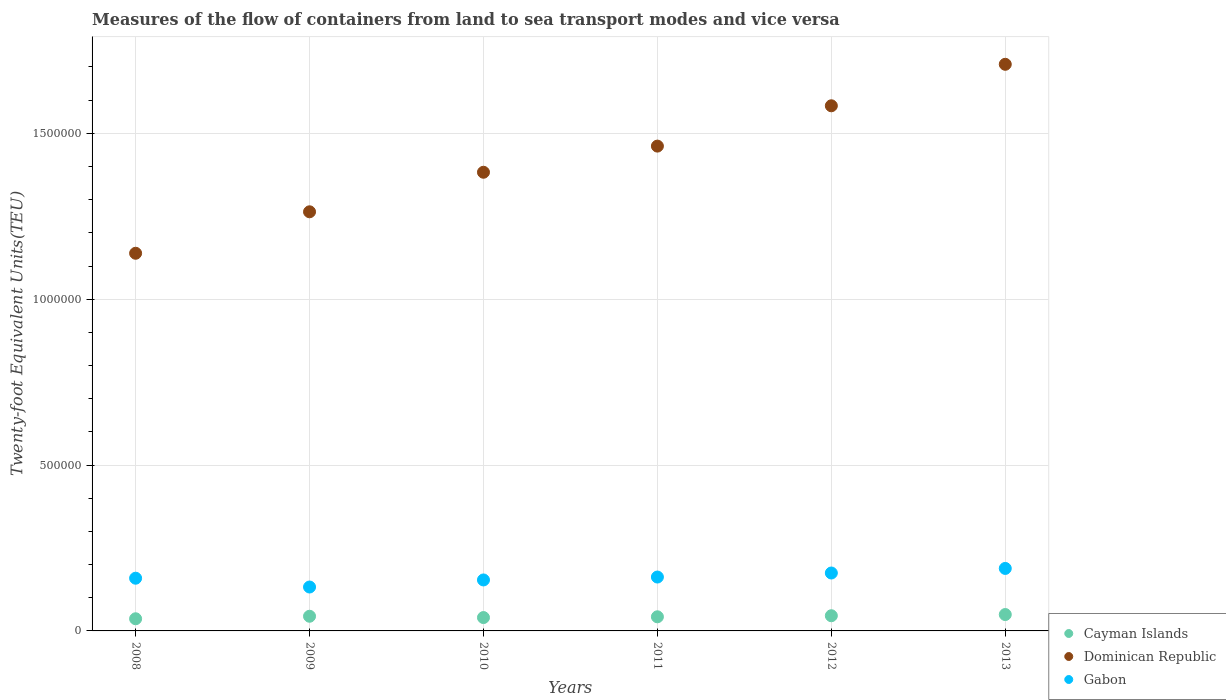
| Years | Cayman Islands | Dominican Republic | Gabon |
 | --- | --- | --- | --- |
 | 2008 | 3.66e+04 | 1.14e+06 | 1.59e+05 |
 | 2009 | 4.42e+04 | 1.26e+06 | 1.32e+05 |
 | 2010 | 4.03e+04 | 1.38e+06 | 1.54e+05 |
 | 2011 | 4.26e+04 | 1.46e+06 | 1.62e+05 |
 | 2012 | 4.58e+04 | 1.58e+06 | 1.75e+05 |
 | 2013 | 4.94e+04 | 1.71e+06 | 1.88e+05 |